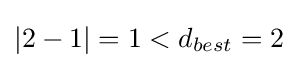
|2-1|=1<d_{best}=2